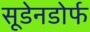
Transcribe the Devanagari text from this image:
सूडेनडोर्फ